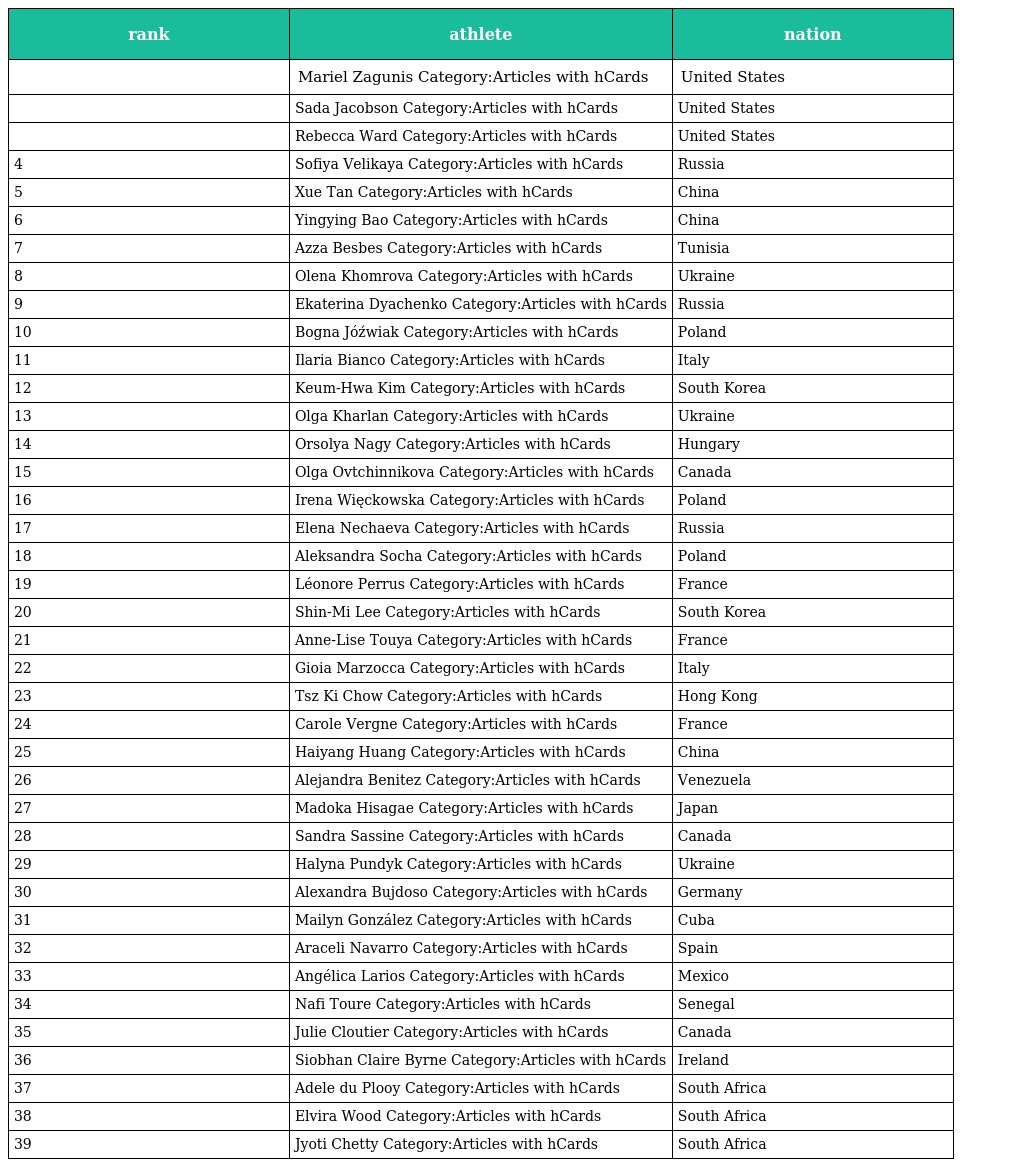
| rank | athlete | nation |
 | --- | --- | --- |
 |  | Mariel Zagunis Category:Articles with hCards | United States |
 |  | Sada Jacobson Category:Articles with hCards | United States |
 |  | Rebecca Ward Category:Articles with hCards | United States |
 | 4 | Sofiya Velikaya Category:Articles with hCards | Russia |
 | 5 | Xue Tan Category:Articles with hCards | China |
 | 6 | Yingying Bao Category:Articles with hCards | China |
 | 7 | Azza Besbes Category:Articles with hCards | Tunisia |
 | 8 | Olena Khomrova Category:Articles with hCards | Ukraine |
 | 9 | Ekaterina Dyachenko Category:Articles with hCards | Russia |
 | 10 | Bogna Jóźwiak Category:Articles with hCards | Poland |
 | 11 | Ilaria Bianco Category:Articles with hCards | Italy |
 | 12 | Keum-Hwa Kim Category:Articles with hCards | South Korea |
 | 13 | Olga Kharlan Category:Articles with hCards | Ukraine |
 | 14 | Orsolya Nagy Category:Articles with hCards | Hungary |
 | 15 | Olga Ovtchinnikova Category:Articles with hCards | Canada |
 | 16 | Irena Więckowska Category:Articles with hCards | Poland |
 | 17 | Elena Nechaeva Category:Articles with hCards | Russia |
 | 18 | Aleksandra Socha Category:Articles with hCards | Poland |
 | 19 | Léonore Perrus Category:Articles with hCards | France |
 | 20 | Shin-Mi Lee Category:Articles with hCards | South Korea |
 | 21 | Anne-Lise Touya Category:Articles with hCards | France |
 | 22 | Gioia Marzocca Category:Articles with hCards | Italy |
 | 23 | Tsz Ki Chow Category:Articles with hCards | Hong Kong |
 | 24 | Carole Vergne Category:Articles with hCards | France |
 | 25 | Haiyang Huang Category:Articles with hCards | China |
 | 26 | Alejandra Benitez Category:Articles with hCards | Venezuela |
 | 27 | Madoka Hisagae Category:Articles with hCards | Japan |
 | 28 | Sandra Sassine Category:Articles with hCards | Canada |
 | 29 | Halyna Pundyk Category:Articles with hCards | Ukraine |
 | 30 | Alexandra Bujdoso Category:Articles with hCards | Germany |
 | 31 | Mailyn González Category:Articles with hCards | Cuba |
 | 32 | Araceli Navarro Category:Articles with hCards | Spain |
 | 33 | Angélica Larios Category:Articles with hCards | Mexico |
 | 34 | Nafi Toure Category:Articles with hCards | Senegal |
 | 35 | Julie Cloutier Category:Articles with hCards | Canada |
 | 36 | Siobhan Claire Byrne Category:Articles with hCards | Ireland |
 | 37 | Adele du Plooy Category:Articles with hCards | South Africa |
 | 38 | Elvira Wood Category:Articles with hCards | South Africa |
 | 39 | Jyoti Chetty Category:Articles with hCards | South Africa |